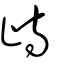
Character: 歭